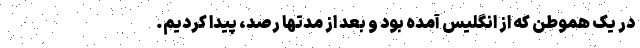
در یک هموطن که از انگلیس آمده بود و بعد از مدتها رصد، پیدا کردیم.